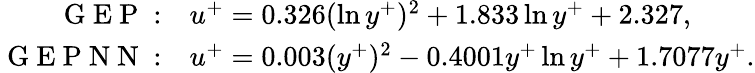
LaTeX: \begin{array}{rl}{\mathrm{~G~E~P~}:}&{{}u^{+}=0.326(\ln y^{+})^{2}+1.833\ln y^{+}+2.327,}\\ {\mathrm{~G~E~P~N~N~}:}&{{}u^{+}=0.003(y^{+})^{2}-0.4001y^{+}\ln y^{+}+1.7077y^{+}.}\end{array}